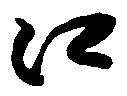
口